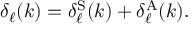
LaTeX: \delta _ { \ell } ( k ) = \delta _ { \ell } ^ { \mathrm { S } } ( k ) + \delta _ { \ell } ^ { \mathrm { A } } ( k ) .